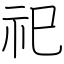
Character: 祀